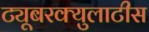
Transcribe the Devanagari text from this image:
ट्यूबरक्युलाटीस